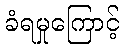
ခံရမှုကြောင့်